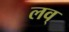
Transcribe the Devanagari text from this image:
लव्